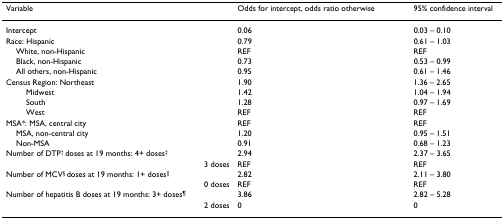
<table><thead><tr><td><b>Variable</b></td><td><b>Odds for intercept, odds ratio otherwise</b></td><td><b>95% confidence interval</b></td></tr></thead><tbody><tr><td>Intercept</td><td>0.06</td><td>0.03 – 0.10</td></tr><tr><td>Race: Hispanic</td><td>0.79</td><td>0.61 – 1.03</td></tr><tr><td> White, non-Hispanic</td><td>REF</td><td>REF</td></tr><tr><td> Black, non-Hispanic</td><td>0.73</td><td>0.53 – 0.99</td></tr><tr><td> All others, non-Hispanic</td><td>0.95</td><td>0.61 – 1.46</td></tr><tr><td>Census Region: Northeast</td><td>1.90</td><td>1.36 – 2.65</td></tr><tr><td>Midwest</td><td>1.42</td><td>1.04 – 1.94</td></tr><tr><td>South</td><td>1.28</td><td>0.97 – 1.69</td></tr><tr><td>West</td><td>REF</td><td>REF</td></tr><tr><td>MSA*: MSA, central city</td><td>REF</td><td>REF</td></tr><tr><td> MSA, non-central city</td><td>1.20</td><td>0.95 – 1.51</td></tr><tr><td> Non-MSA</td><td>0.91</td><td>0.68 – 1.23</td></tr><tr><td>Number of DTP<sup>† </sup>doses at 19 months: 4+ doses<sup>‡</sup></td><td>2.94</td><td>2.37 – 3.65</td></tr><tr><td>3 doses</td><td>REF</td><td>REF</td></tr><tr><td>Number of MCV<sup>§ </sup>doses at 19 months: 1+ doses<sup>||</sup></td><td>2.82</td><td>2.11 – 3.80</td></tr><tr><td>0 doses</td><td>REF</td><td>REF</td></tr><tr><td>Number of hepatitis B doses at 19 months: 3+ doses<sup>¶</sup></td><td>3.86</td><td>2.82 – 5.28</td></tr><tr><td>2 doses</td><td>0</td><td>0</td></tr></tbody></table>